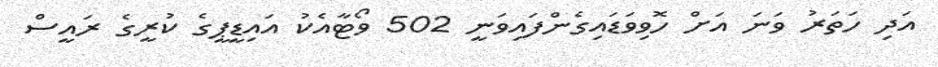
އަދި ހަތަރު ވަނަ އަށް ހޮވިވަޑައިގެންފައިވަނީ 502 ވޯޓާއެކު އައިޑީޕީގެ ކުރީގެ ރައީސް